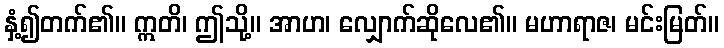
နှံ့၍တက်၏။ ဣတိ၊ ဤသို့။ အာဟ၊ လျှောက်ဆိုလေ၏။ မဟာရာဇ၊ မင်းမြတ်။